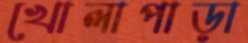
খোলাপাড়া